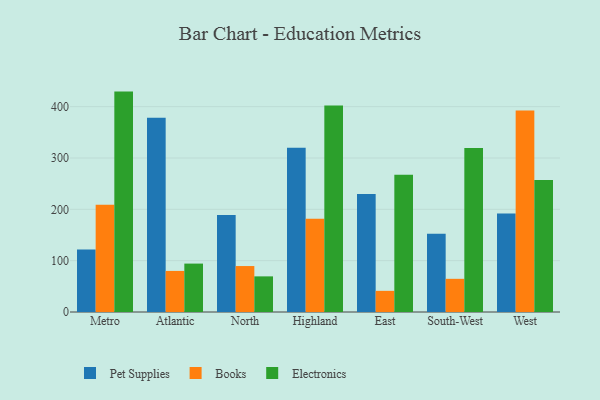
{"axis": {"x": "Region", "y": "Revenue (USD Million)"}, "legend": ["Books", "Electronics", "Pet Supplies"], "data": [{"x": "Metro", "y": 121.5, "type": "Pet Supplies"}, {"x": "Metro", "y": 208.9, "type": "Books"}, {"x": "Metro", "y": 429.3, "type": "Electronics"}, {"x": "Atlantic", "y": 378.4, "type": "Pet Supplies"}, {"x": "Atlantic", "y": 80.0, "type": "Books"}, {"x": "Atlantic", "y": 94.3, "type": "Electronics"}, {"x": "North", "y": 188.7, "type": "Pet Supplies"}, {"x": "North", "y": 89.5, "type": "Books"}, {"x": "North", "y": 69.4, "type": "Electronics"}, {"x": "Highland", "y": 320.1, "type": "Pet Supplies"}, {"x": "Highland", "y": 181.6, "type": "Books"}, {"x": "Highland", "y": 402.3, "type": "Electronics"}, {"x": "East", "y": 230.0, "type": "Pet Supplies"}, {"x": "East", "y": 41.2, "type": "Books"}, {"x": "East", "y": 267.2, "type": "Electronics"}, {"x": "South-West", "y": 152.6, "type": "Pet Supplies"}, {"x": "South-West", "y": 64.6, "type": "Books"}, {"x": "South-West", "y": 319.3, "type": "Electronics"}, {"x": "West", "y": 191.7, "type": "Pet Supplies"}, {"x": "West", "y": 392.5, "type": "Books"}, {"x": "West", "y": 257.3, "type": "Electronics"}]}